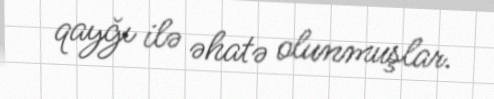
qayğı ilə əhatə olunmuşlar.